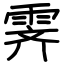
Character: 霁